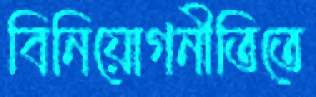
বিনিয়োগনীতিতে